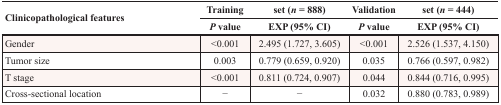
<table><thead><tr><td rowspan="2"><b>Clinicopathological features</b></td><td><b>Training</b></td><td><b>set (<i>n</i> = 888)</b></td><td><b>Validation</b></td><td><b>set (<i>n</i> = 444)</b></td></tr><tr><td><b><i>P</i> value</b></td><td><b>EXP (95% CI)</b></td><td><b><i>P</i> value</b></td><td><b>EXP (95% CI)</b></td></tr></thead><tbody><tr><td>Gender</td><td>&lt;0.001</td><td>2.495 (1.727, 3.605)</td><td>&lt;0.001</td><td>2.526 (1.537, 4.150)</td></tr><tr><td>Tumor size</td><td>0.003</td><td>0.779 (0.659, 0.920)</td><td>0.035</td><td>0.766 (0.597, 0.982)</td></tr><tr><td>T stage</td><td>&lt;0.001</td><td>0.811 (0.724, 0.907)</td><td>0.044</td><td>0.844 (0.716, 0.995)</td></tr><tr><td>Cross-sectional location</td><td>−</td><td>−</td><td>0.032</td><td>0.880 (0.783, 0.989)</td></tr></tbody></table>